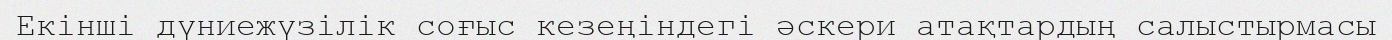
Екінші дүниежүзілік соғыс кезеңіндегі әскери атақтардың салыстырмасы